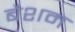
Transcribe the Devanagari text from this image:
बैशम